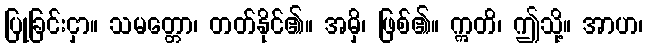
ပြုခြင်းငှာ။ သမတ္တော၊ တတ်နိုင်၏။ အမှိ၊ ဖြစ်၏။ ဣတိ၊ ဤသို့။ အာဟ၊